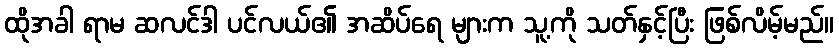
ထိုအခါ ရာမ ဆလင်ဒါ ပင်လယ်၏ အဆိပ်ရေ များက သူ့ကို သတ်နှင့်ပြီး ဖြစ်လိမ့်မည်။